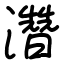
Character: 濳